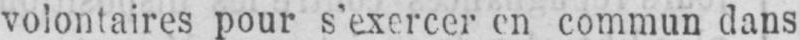
volontaires pour s’exercer en commun dans